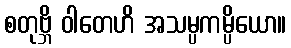
စတုဗ္ဘိ ဝါတေဟိ အသမ္ပကမ္ပိယော။